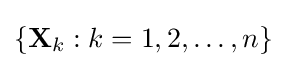
\{\mathbf {X} _{k}:k=1,2,\ldots ,n\}